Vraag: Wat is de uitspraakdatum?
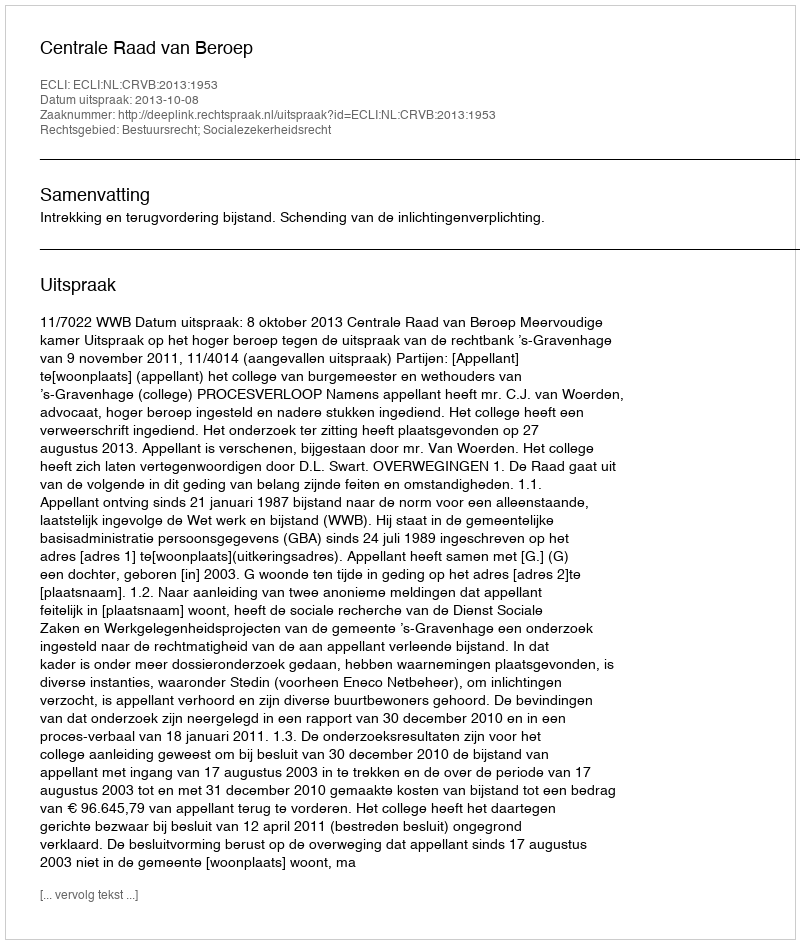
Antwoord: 2013-10-08